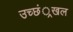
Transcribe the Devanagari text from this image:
उच्छं्रखल